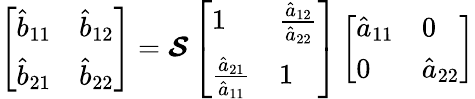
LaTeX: \left[\begin{array}{ll}{\hat{b}_{11}}&{\hat{b}_{12}}\\ {\hat{b}_{21}}&{\hat{b}_{22}}\end{array}\right]=\boldsymbol{\mathcal{S}}\left[\begin{array}{ll}{1}&{\frac{\hat{a}_{12}}{\hat{a}_{22}}}\\ {\frac{\hat{a}_{21}}{\hat{a}_{11}}}&{1}\end{array}\right]\left[\begin{array}{ll}{\hat{a}_{11}}&{0}\\ {0}&{\hat{a}_{22}}\end{array}\right]